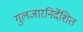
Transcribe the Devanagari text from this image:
गुलजारनिर्देशित